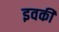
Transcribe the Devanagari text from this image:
इवकी